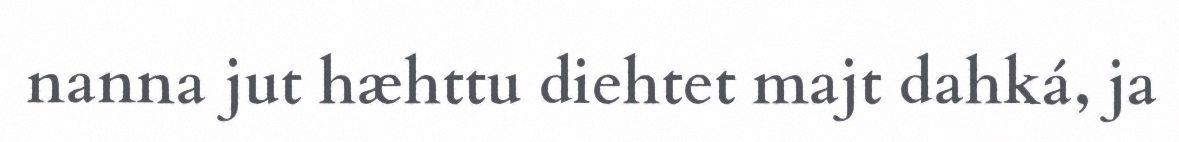
nanna jut hæhttu diehtet majt dahká, ja